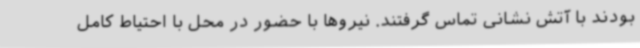
بودند با آتش نشانی تماس گرفتند. نیروها با حضور در محل با احتیاط کامل